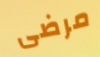
مرضى